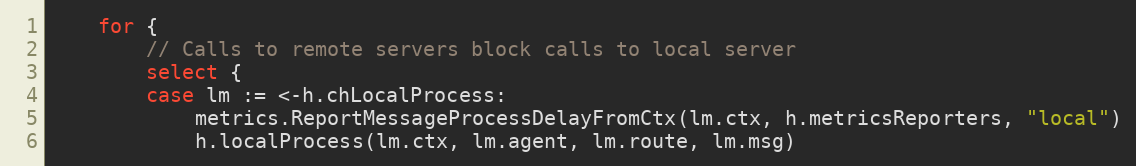
Language: Go
	for {
		// Calls to remote servers block calls to local server
		select {
		case lm := <-h.chLocalProcess:
			metrics.ReportMessageProcessDelayFromCtx(lm.ctx, h.metricsReporters, "local")
			h.localProcess(lm.ctx, lm.agent, lm.route, lm.msg)